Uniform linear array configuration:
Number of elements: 32
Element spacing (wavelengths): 0.75
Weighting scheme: kaiser
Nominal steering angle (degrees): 30
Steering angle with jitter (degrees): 31.724
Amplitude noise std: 0.05
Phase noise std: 0.05

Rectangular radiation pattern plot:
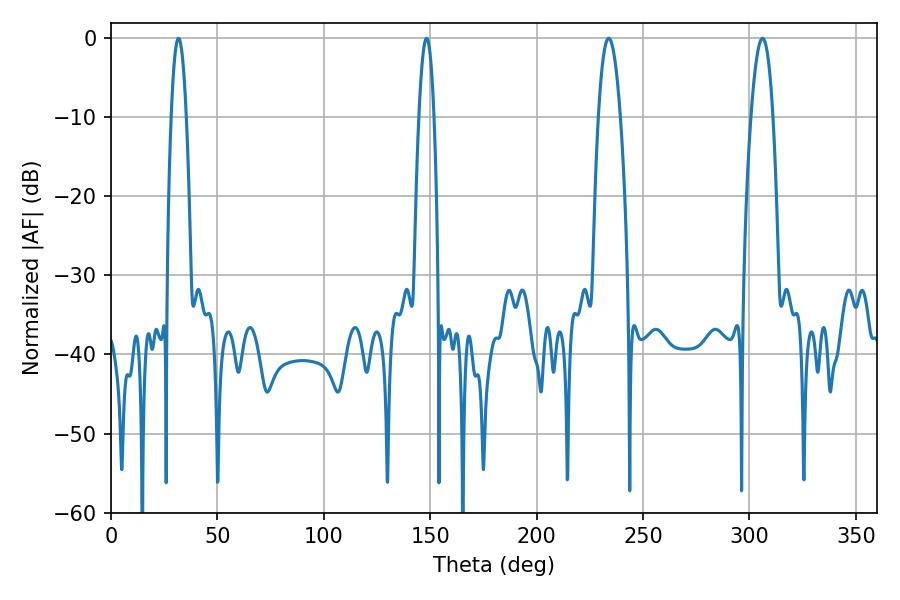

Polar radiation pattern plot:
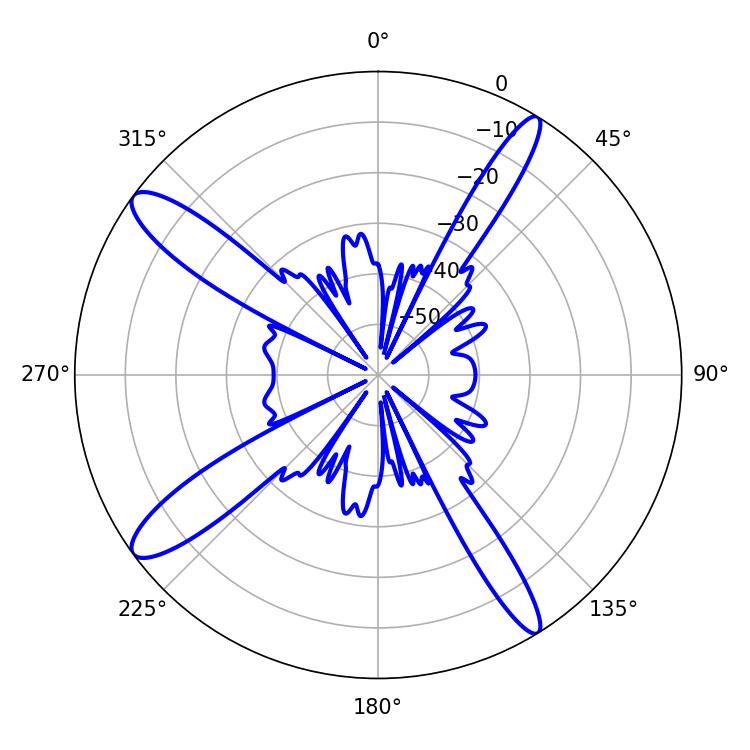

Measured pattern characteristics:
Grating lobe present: TRUE
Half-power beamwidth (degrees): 5.76
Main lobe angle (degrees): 233.82